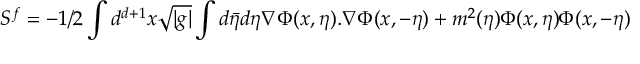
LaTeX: S ^ { f } = - 1 / 2 \int d ^ { d + 1 } x \sqrt { | g | } \int d \bar { \eta } d \eta \nabla \Phi ( x , \eta ) . \nabla \Phi ( x , - \eta ) + m ^ { 2 } ( \eta ) \Phi ( x , \eta ) \Phi ( x , - \eta )